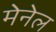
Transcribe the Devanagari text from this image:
मेनेल